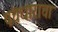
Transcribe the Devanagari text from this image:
पंचधाराचा